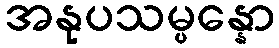
အနုပသမ္ပန္နော